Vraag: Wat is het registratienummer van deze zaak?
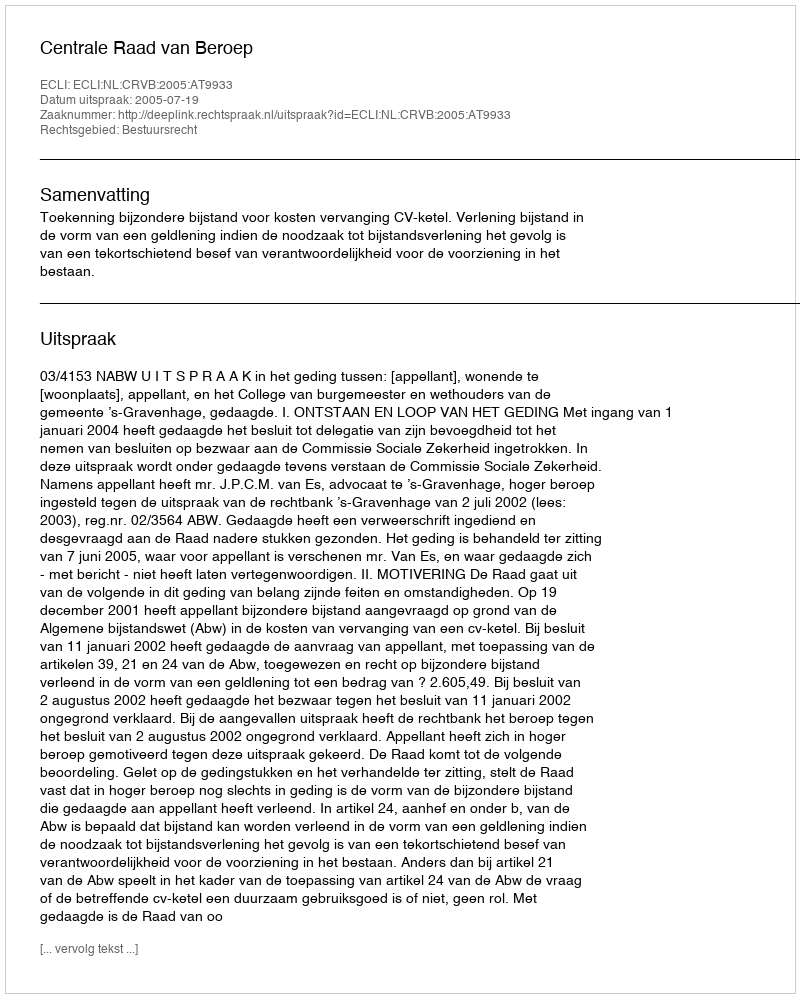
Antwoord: http://deeplink.rechtspraak.nl/uitspraak?id=ECLI:NL:CRVB:2005:AT9933